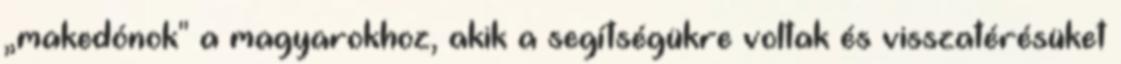
„makedónok" a magyarokhoz, akik a segítségükre voltak és visszatérésüket